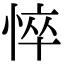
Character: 悴